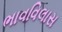
ભાવવિલાસ